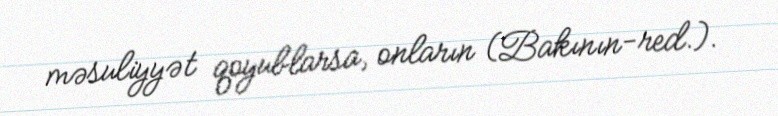
məsuliyyət qoyublarsa, onların (Bakının-red.).